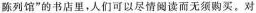
陈列馆”的书店里，人们可以尽情阅读而无须购买。对